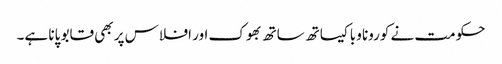
حکومت نے کورونا وبا کیساتھ ساتھ بھوک اور افلاس پر بھی قابو پانا ہے۔